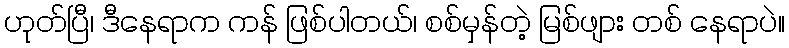
ဟုတ်ပြီ၊ ဒီနေရာက ကန် ဖြစ်ပါတယ်၊ စစ်မှန်တဲ့ မြစ်ဖျား တစ် နေရာပဲ။